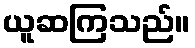
ယူဆကြသည်။